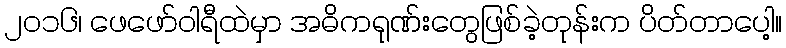
၂၀၁၆၊ ဖေဖော်ဝါရီထဲမှာ အဓိကရုဏ်းတွေဖြစ်ခဲ့တုန်းက ပိတ်တာပေါ့။